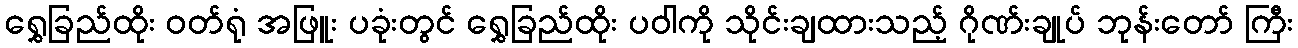
ရွှေခြည်ထိုး ဝတ်ရုံ အဖြူး ပခုံးတွင် ရွှေခြည်ထိုး ပဝါကို သိုင်းချထားသည့် ဂိုဏ်းချုပ် ဘုန်းတော် ကြီး